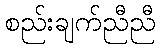
စည်းချက်ညီညီ